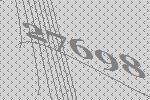
27698